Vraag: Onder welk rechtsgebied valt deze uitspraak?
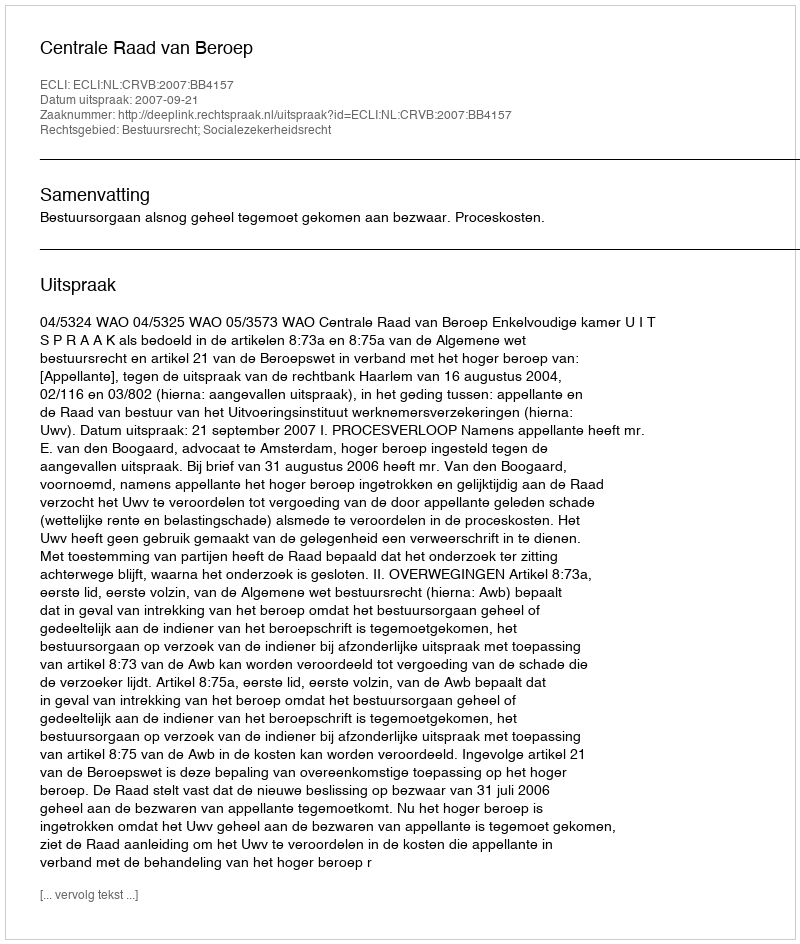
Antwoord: Bestuursrecht; Socialezekerheidsrecht